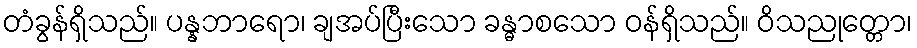
တံခွန်ရှိသည်။ ပန္နဘာရော၊ ချအပ်ပြီးသော ခန္ဓာစသော ဝန်ရှိသည်။ ဝိသညုတ္တော၊